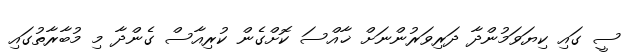
ސީ ގައި ކިޔަވަމުންދާ ދަރިވަރުންނަށް ޚާއްސަ ކޮށްގެން ކުރިއާސް ގެންދާ މި މުބާރާތުގައި